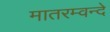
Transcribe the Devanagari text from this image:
मातरम्वन्दे